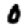
Digit: 0